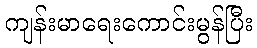
ကျန်းမာရေးကောင်းမွန်ပြီး